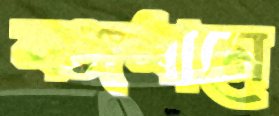
বঙ্গধামে